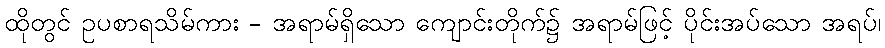
ထိုတွင် ဥပစာရသိမ်ကား - အရာမ်ရှိသော ကျောင်းတိုက်၌ အရာမ်ဖြင့် ပိုင်းအပ်သော အရပ်၊